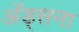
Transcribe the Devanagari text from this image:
अॅड्सना